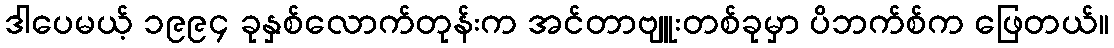
ဒါပေမယ့် ၁၉၉၄ ခုနှစ်လောက်တုန်းက အင်တာဗျူးတစ်ခုမှာ ပိဘက်စ်က ဖြေတယ်။